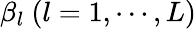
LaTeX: \beta_{l}\ (l=1,\cdots,L)